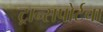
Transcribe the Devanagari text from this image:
ट्रान्सपोर्टचा